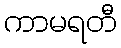
ကာမရတီ